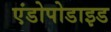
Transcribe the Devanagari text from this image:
एंडोपोडाइड